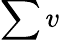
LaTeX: \sum v